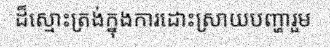
ដ៏ស្មោះត្រង់ក្នុងការដោះស្រាយបញ្ហារួម